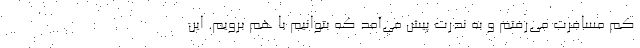
کم مسافرت می‌رفتم و به ندرت پیش می‌آمد که بتوانیم با هم برویم. این